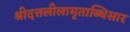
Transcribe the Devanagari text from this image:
श्रीदत्तलीलामृताब्धिसार